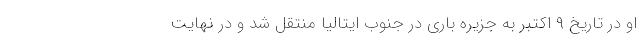
او در تاریخ ۹ اکتبر به جزیره باری در جنوب ایتالیا منتقل شد و در نهایت